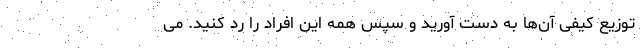
توزیع کیفی آن‌ها به دست آورید و سپس همه این افراد را رد کنید. می‌